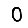
Digit: 0